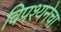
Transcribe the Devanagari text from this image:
विपश्यनेचा